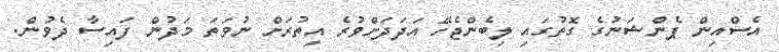
އެސްއިން ޕެންޝަނުގެ ގޮތުގައި ލިބެންޖެހޭ އަދަދަށްވުރެ އިތުރަށް ނުވަތަ މަދުން ފައިސާ ދެވުން.